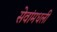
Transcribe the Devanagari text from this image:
सेवांमधली